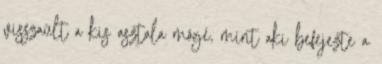
visszaült a kis asztala mögé, mint aki befejezte a